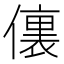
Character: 𰂶